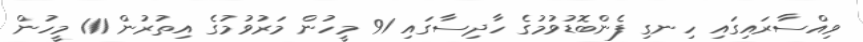
ވިއްސާރައިގައި ހިނގި ފެންބޮޑުވުމުގެ ހާދިސާގައި 91 މީހުން މަރުވުމުގެ އިތުރުން 111 މީހުން